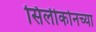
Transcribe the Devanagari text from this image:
सिलीकोनच्या